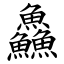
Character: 鱻